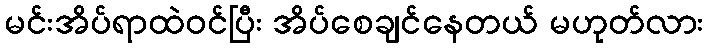
မင်းအိပ်ရာထဲဝင်ပြီး အိပ်စေချင်နေတယ် မဟုတ်လား